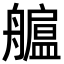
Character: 𦪯